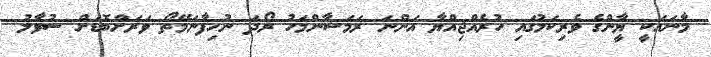
މާނައަކީ ޔާީންގެ ވެރިކަމުގައި ހުރެއްޖިއްޔާ އަންނަ ރަމަޟާންމަހު ރޯދަ ނުހިފާނަމޭތޯ ވަރަށްބޮޑަށް ސުވާލު